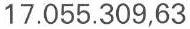
17.055.309,63